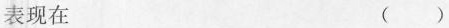
表现在 ()